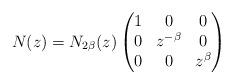
LaTeX: \begin{align*} N(z) = N_{2\beta}(z) \begin{pmatrix} 1 & 0 & 0 \\ 0 & z^{-\beta} & 0 \\ 0 & 0 & z^{\beta}\end{pmatrix}\end{align*}